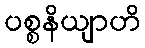
ပစ္စနိယျာဟိ